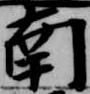
南